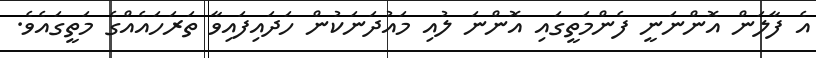
އެ ފާލަން އޮންނަނީ ފެންމަތީގައި އޮންނަ ލުއި މައުދަނަކުން ހަދައިފައިވާ ތަރަހައެއްގެ މަތީގައެވެ.